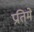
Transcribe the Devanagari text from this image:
प्रतिमे